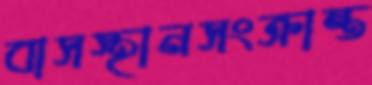
বাসস্থানসংক্রান্ত